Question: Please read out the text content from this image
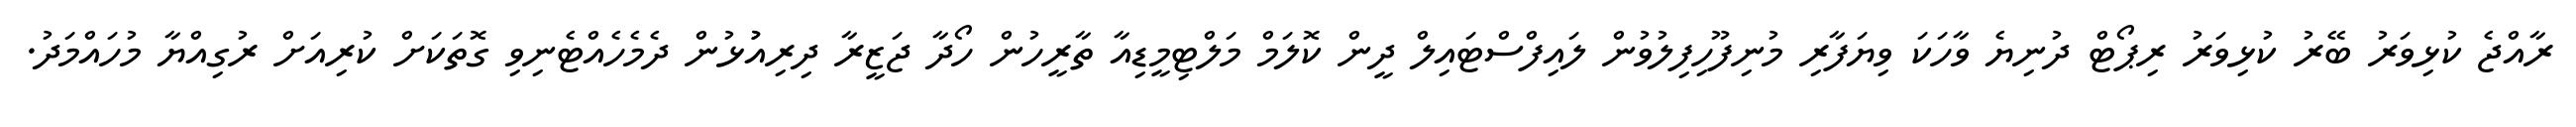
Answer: ރާއްޖެ ކުޅިވަރު ބޭރު ކުޅިވަރު ރިޕޯޓް ދުނިޔެ ވާހަކަ ވިޔަފާރި މުނިފޫހިފިލުވުން ލައިފްސްޓައިލް ދީން ކޮލަމް މަލްޓިމީޑިއާ ތާރީހުން ހޯދާ ޖަޒީރާ ދިރިއުުޅުން ދެމެހެއްޓެނިވި ގޮތަކަށް ކުރިއަށް ރުގިއްޔާ މުހައްމަދު.